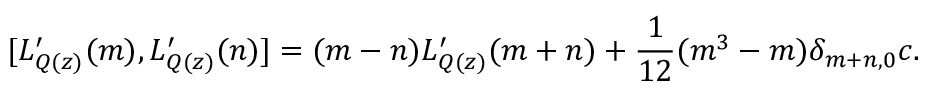
[ L _ { Q ( z ) } ^ { \prime } ( m ) , L _ { Q ( z ) } ^ { \prime } ( n ) ] = ( m - n ) L _ { Q ( z ) } ^ { \prime } ( m + n ) + { \displaystyle \frac { 1 } { 1 2 } } ( m ^ { 3 } - m ) \delta _ { m + n , 0 } c .